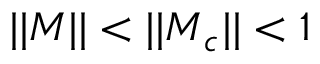
| | \boldsymbol { M } | | < | | \boldsymbol { M } _ { c } | | < 1